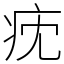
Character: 㽸